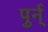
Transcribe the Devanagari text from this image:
पुर्न्